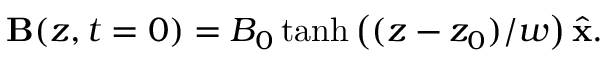
\begin{array} { r } { { \bf B } ( z , t = 0 ) = B _ { 0 } \operatorname { t a n h } \left( ( z - z _ { 0 } ) / w \right) \hat { \bf x } . } \end{array}